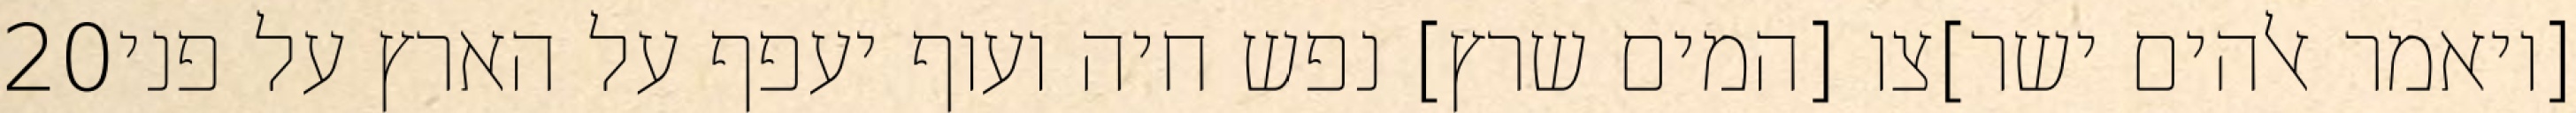
‎20‏ [ויאמר אלהים ישר]צו [המים שרץ] נפש חיה ועוף יעפף על הארץ על פני